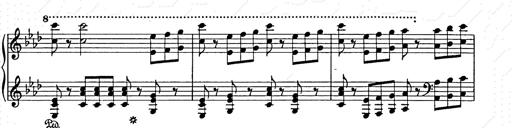
Title: Weihnachtsbaum
Composer: Franz Liszt